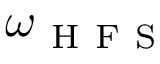
\omega _ { \mathrm { ~ H ~ F ~ S ~ } }